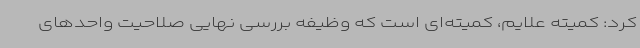
کرد: کمیته علایم، کمیته‌ای است که وظیفه بررسی نهایی صلاحیت واحدهای